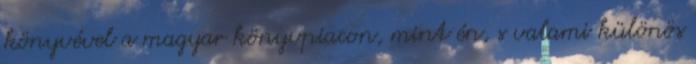
könyvével a magyar könyvpiacon, mint én, s valami különös